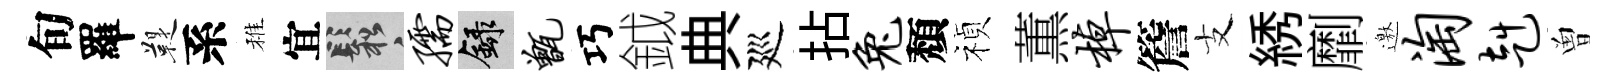
旬羅鞮系稚宜鬆孺録甑巧鉞典廵拈兔頽禎薫棹簷支綉劘邀淘赳曽